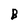
Character: B